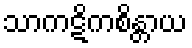
သာကဋိကစိန္တာယ